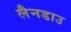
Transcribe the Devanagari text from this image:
लैनडाउ